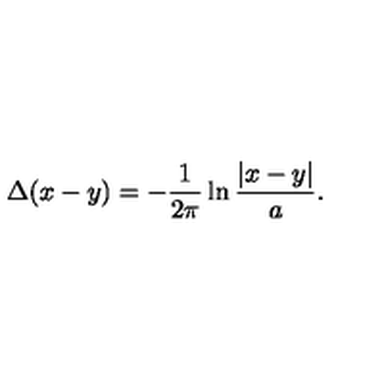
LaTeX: \Delta ( x - y ) = - \frac { 1 } { 2 \pi } \ln \frac { | x - y | } { a } .